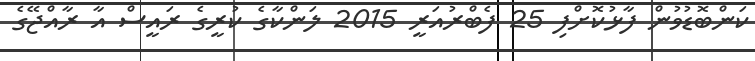
ކަންބޮޑުވުން ފާޅުކޮށްފި 25 ފެބްރުއަރީ 2015 ލަންކާގެ ކުރީގެ ރައީސް އާ ރާއްޖޭގެ